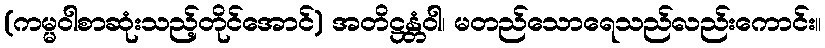
(ကမ္မဝါစာဆုံးသည့်တိုင်အောင်) အတိဋ္ဌန္တံဝါ၊ မတည်သောရေသည်လည်းကောင်း။